Annual report of the Civil Veterinary Department, Bengal, for the year 1897-98 - 1897-1898
Year: 1897
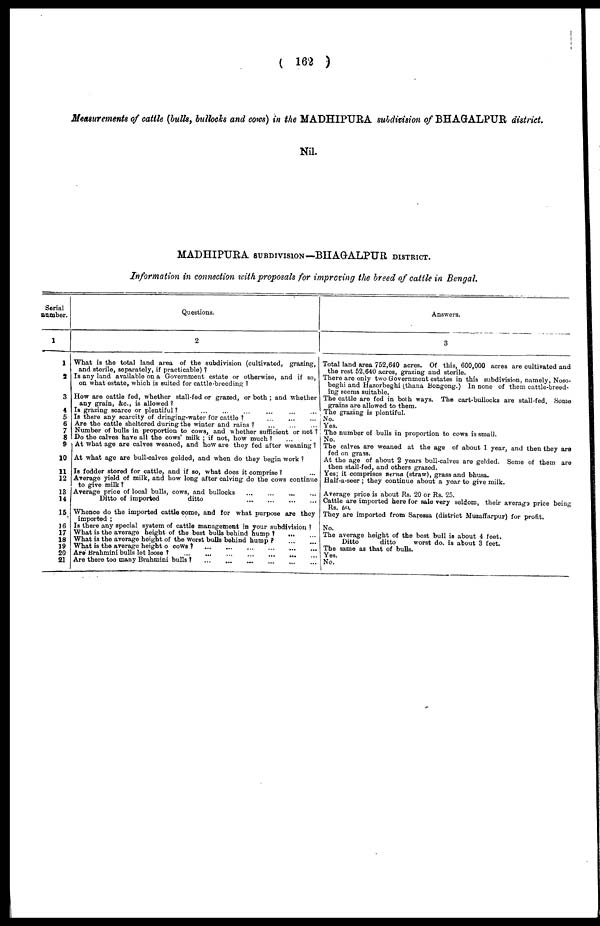
( 162 )
Measurements of cattle (bulls, bullocks and cows) in the MADHIPURA subdivision of BHAGALPUR district.
Nil.
MADHIPURA SUBDIVISION— BHAGALPUR DISTRICT.
Information in connection with proposals for improving the breed of cattle in Bengal.
serial
number.
1
1
2
3
4
5
6
7
8
9
10
11
12
13
14
15
16
17
18
19
20
21
Questions.
2
What is the total land area of the subdivision (cultivated, grazing,
and storile, separately, if practicable) ?
Is any land available on a Government estate or otherwise, and if so,
on what estate, which is suited for cattle-brecding ?
How are cattle fed, whether stall-fed or grazed, or both ; and whether
any grain, &c., is allowed ?
Is grazing scarco or plentiful? ... ... ... ... ... ...
Is there any scarcity of dringing-water for cattle ?
...
...
...
...
Are the cattle sheltered during the winter and rains? ... ... ...
Number of bulls in proportion to cows, and whether sufficient or not ?
Do the calves have all the cows' milk ; if not, how much? ... ...
At what age are calves weaned, and how are they fed after weaning ?
At what age are bull-calves gelded, and when do they begin work ?
Is fodder stored for cattle, and if so, what does it comprise ? ...
Average yield of milk, and how long after calving do the cows continue
to give milk ?
Average price of local bulls, cows, and bullocks ... ... ... ...
Ditto of imported
ditto
...
...
...
...
Whence do the imported cattle come, and for what purpose are they
imported ;
Is there any special system of cattle management in your subdivision ?
What is the average height of the best bulls behind hump ?
...
...
What is the average height of the worst bulls behind hump ?
...
...
What is the average height o cows? ... ... ... ... ... ...
Are brahmini bulls lot loose ?
...
...
...
...
...
...
...
...
Are there too many Brahmini bulls ? ... ... ... ... ... ... ... ...
Answers.
3
Total land area 752,640 acres. Of this, 600,000 acres are cultivated and
the rest 52,640 acres, grazing and sterile.
There are only two Government estates in this subdivision, namely, Noso-
beghi and Hazorbeghi (thana Bongong.) In none of them cattle-breed-
ing seems suitable.
The cattle are fed in both ways. The cart-bullocks are stall-fed. Some
grains are allowod to them.
The grazing is plentiful.
No.
Yes.
The number of bulls in proportion to cows is small.
| No.
The calves are weaned at the age of about 1 year, and then they are
fed on grass.
At the age of about 2 years bull-calves are gelded. Some of them are
then stall-fed, and others grazed.
Yes; it comprises nerua (straw), grass and bhusa.
Half-a-seer ; they continue about a year to give milk.
Average price is about Rs. 20 or Rs. 25.
Cattle are imported here for sale very seldom, their average price being
They are imported from Sareasa (district Muzaffarpur) for profit.
No.
The average height of the best bull is about 4 feet.
Ditto
ditto
worst do. is about 3 feet.
The same as that of bulls.
Yes.
No.
i